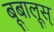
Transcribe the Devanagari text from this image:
बूबालूस्